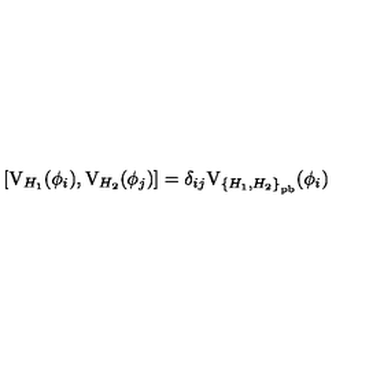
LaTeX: \left[ \mathrm { V } _ { H _ { 1 } } ( \phi _ { i } ) , \mathrm { V } _ { H _ { 2 } } ( \phi _ { j } ) \right] = \delta _ { i j } \mathrm { V } _ { { \{ H _ { 1 } , H _ { 2 } \} } _ { \mathrm { p b } } } ( \phi _ { i } )